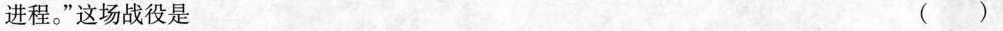
进程。”这场战役是 ( )